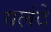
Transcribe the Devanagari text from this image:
यलंदे